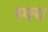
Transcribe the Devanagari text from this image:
स्फ्य